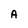
Character: A